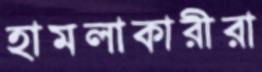
হামলাকারীরা